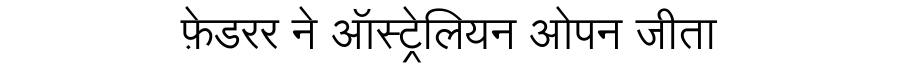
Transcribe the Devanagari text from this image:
फ़ेडरर ने ऑस्ट्रेलियन ओपन जीता